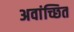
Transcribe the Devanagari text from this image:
अवांच्छित